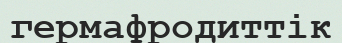
гермафродиттік